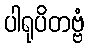
ပါရုပိတဗ္ဗံ